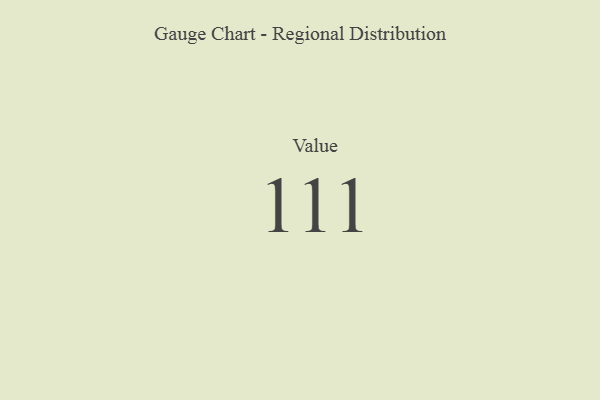
{"axis": {"x": "Metric", "y": "Value"}, "legend": [""], "data": [{"x": "Value", "y": 111, "type": ""}]}